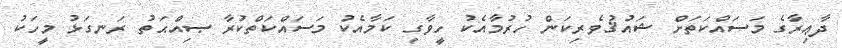
ދާޢިރާގެ މަސައްކަތަށް ޝައުޤުވެރިކަން ހުރުމާއެކު ހީވާގި ކަމާއެކު މަސައްކަތްކުރާ ޞިއްޙަތު ރަނގަޅު މީހަކު